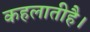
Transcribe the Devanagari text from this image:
कहलातीहै।